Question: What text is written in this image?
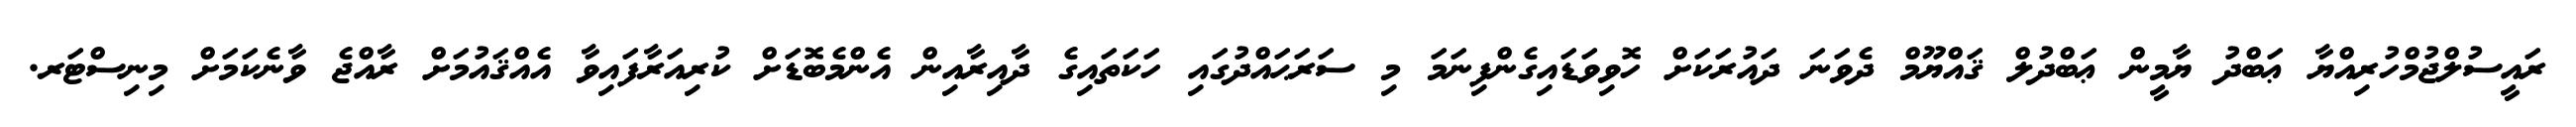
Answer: ރައީސުލްޖުމްހުރިއްޔާ ޢަބްދު ޔާމީން ޢަބްދުލް ޤައްޔޫމް ދެވަނަ ދައުރަކަށް ހޮވިވަޑައިގެންފިނަމަ މި ސަރަޙައްދުގައި ހަކަތައިގެ ދާއިރާއިން އެންމެބޮޑަށް ކުރިއަރާފައިވާ އެއްޤައުމަށް ރާއްޖެ ވާނެކަމަށް މިނިސްޓަރ.